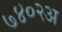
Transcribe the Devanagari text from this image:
७४०२अ